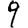
Digit: 9